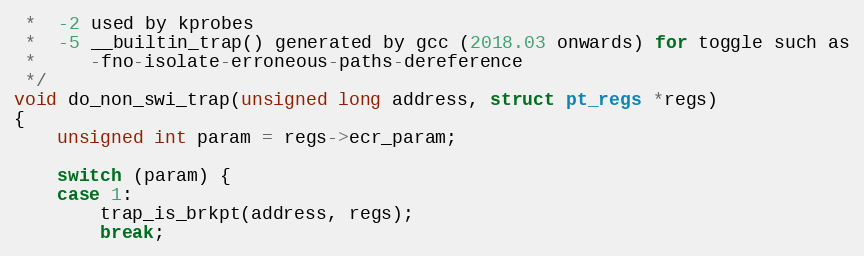
Language: C
 *  -2 used by kprobes
 *  -5 __builtin_trap() generated by gcc (2018.03 onwards) for toggle such as
 *     -fno-isolate-erroneous-paths-dereference
 */
void do_non_swi_trap(unsigned long address, struct pt_regs *regs)
{
	unsigned int param = regs->ecr_param;

	switch (param) {
	case 1:
		trap_is_brkpt(address, regs);
		break;